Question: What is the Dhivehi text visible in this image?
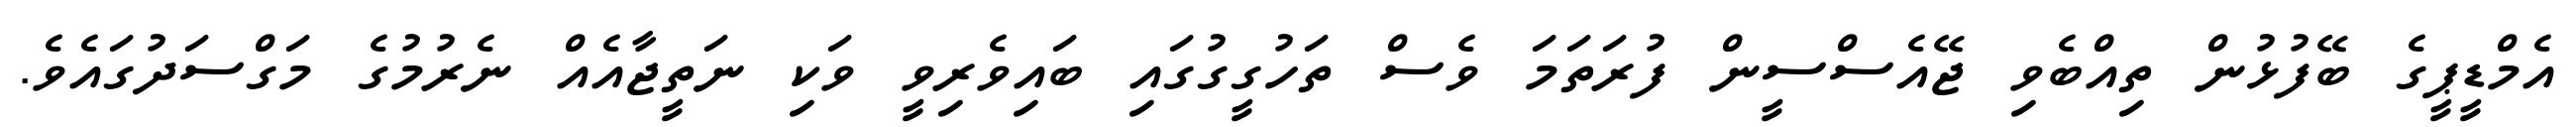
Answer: އެމްޑީޕީގެ ބޭފުޅުން ތިއްބެވި ޖޭއެސްސީން ފުރަތަމަ ވެސް ތަހުގީގުގައި ބައިވެރިވީ ވަކި ނަތީޖާއެއް ނެރުމުގެ މަގްސަދުގައެވެ.